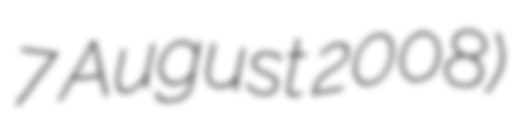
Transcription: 7 August 2008)